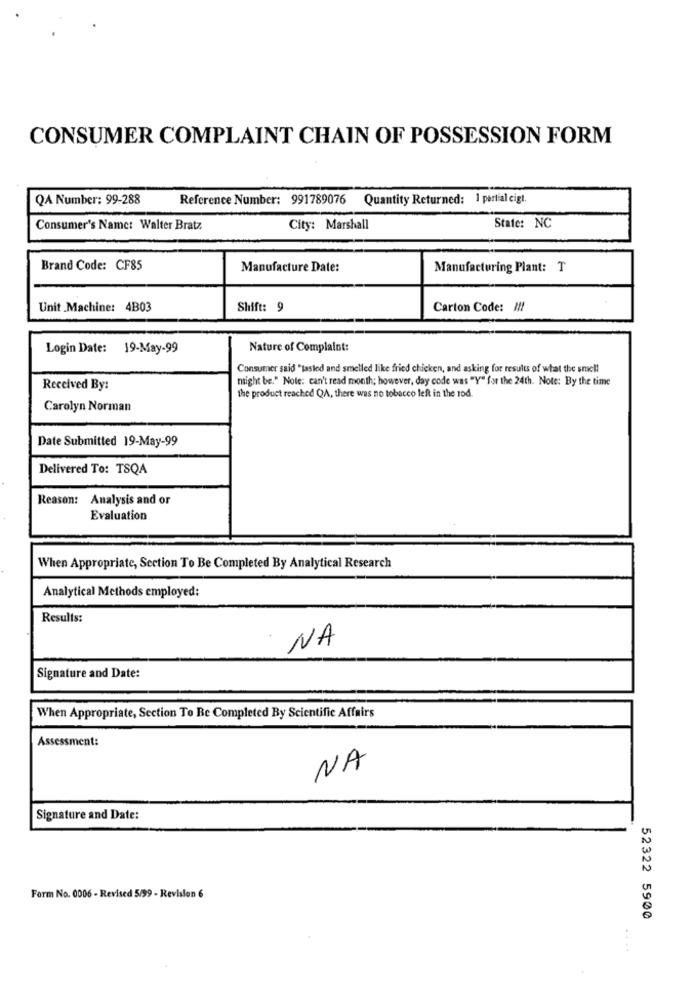
CONSUMER COMPLAINT CHAIN OF POSSESSION FORM
QA Number: 99-288
Reference Number: 991789076 Quantity Returned: 1 pertial cigt.
State: NC
Consumer's Name: Walter Bratz
City: Marshall
Brand Code: CF85
Manufacture Date:
Manufacturing Plant: T
Unit Machine: 4B03
Shift: 9
Carton Code: # !!
Login Date: 19-May-99
Nature of Complaint:
Consumer said "tasted and smelled like fried chicken, and asking for results of what the smell
might be." Note: can't read month; however, day code was "Y" for the 24th. Note: By the time
Received By:
the product reached QA, there was no tobacco left in the rod.
Carolyn Norman
Date Submitted 19-May-99
Delivered To: TSQA
Reason: Analysis and or
Evaluation
When Appropriate, Section To Be Completed By Analytical Research
Analytical Methods employed:
Results:
NA
Signature and Date:
When Appropriate, Section To Be Completed By Scientific Affairs
Assessment:
NA
Signature and Date:
Form No. 0006 - Revised 5/99 - Revision 6
52322 5900